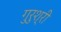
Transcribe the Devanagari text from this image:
गुरुश्री